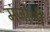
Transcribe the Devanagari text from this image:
मंजोनी